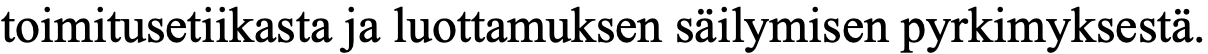
toimitusetiikasta ja luottamuksen säilymisen pyrkimyksestä.